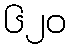
၆၂၀